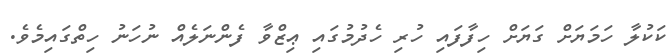
ކަކުލާ ހަމަޔަށް ގަޔަށް ހިފާފައި ހުރި ހެދުމުގައި ޢިޒްވާ ފެންނަލެއް ނުހަނު ހިތްގައިމެވެ.